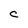
Character: C